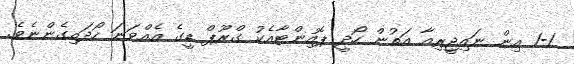
1-1 އިން ނައިޖީރިއާ އަތުން ހޯދީ ޕޮއިންޓާއެކު ގްރޫޕް ޑީގެ އެއްވަނަ ހޯދައިގެންނެވެ.